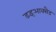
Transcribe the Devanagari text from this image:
डइआक्सैड